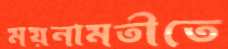
ময়নামতীতে